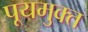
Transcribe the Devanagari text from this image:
पूयमुक्त